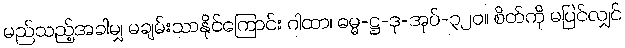
မည်သည့်အခါမျှ မချမ်းသာနိုင်ကြောင်း ဂါထာ၊ ဓမ္မ-ဋ္ဌ-ဒု-အုပ်-၃၂၀။ စိတ်ကို မပြင်လျှင်